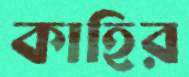
কাহির